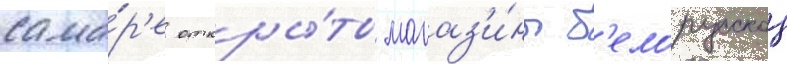
сама́р'е откры́ты магаз'и́ны б'елорусскои